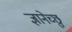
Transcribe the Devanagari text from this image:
ज्ञानेच्छु